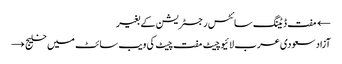
← مفت ڈیٹنگ سائٹس رجسٹریشن کے بغیر
آزاد سعودی عرب لائیو چیٹ مفت چیٹ کی ویب سائٹ میں خلیج →